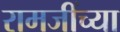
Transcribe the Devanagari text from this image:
रामजींच्या